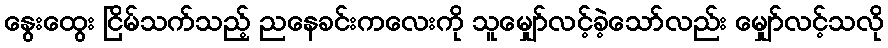
နွေးထွေး ငြိမ်သက်သည့် ညနေခင်းကလေးကို သူမျှော်လင့်ခဲ့သော်လည်း မျှော်လင့်သလို